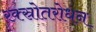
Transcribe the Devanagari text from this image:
रक्स्रोतरोधन